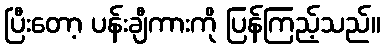
ပြီးတော့ ပန်းချီကားကို ပြန်ကြည့်သည်။